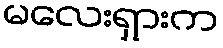
မလေးရှားက